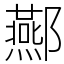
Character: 酀